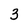
Character: 3